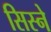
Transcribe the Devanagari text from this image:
सिस्ने